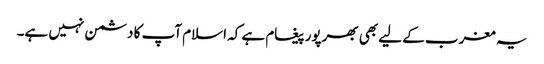
یہ مغرب کے لیے بھی بھرپور پیغام ہے کہ اسلام آپ کا دشمن نہیں ہے۔